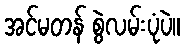
အင်မတန် စွဲလမ်းပုံပဲ။